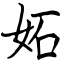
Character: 妬